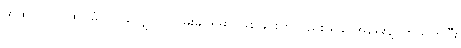
ထဲထဲဝင်ဝင် ထပ်မံပါဝင်လျှောက်လှမ်းခွင့်ရမှာ ဖြစ်ခြင်းကလည်း ရခိုင်အရေးနဲ့ပတ်သက်ပြီး